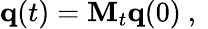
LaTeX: {\mathbf{q}}(t)={\mathbf M}_{t}{\mathbf{q}}(0)\mathrm{~,~}